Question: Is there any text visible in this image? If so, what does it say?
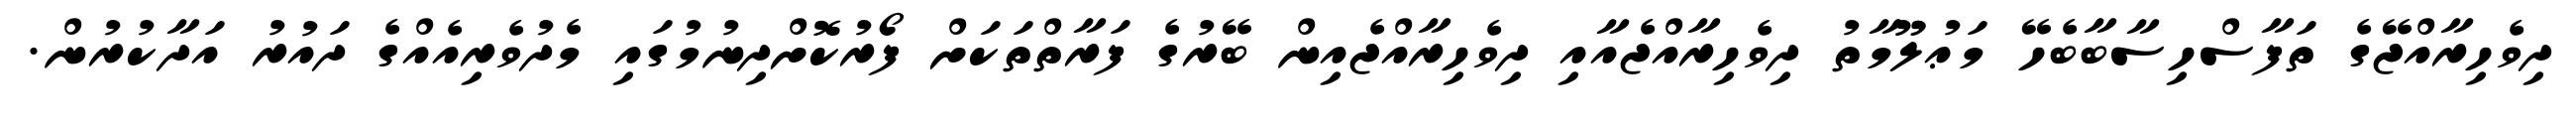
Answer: ދިވެހިރާއްޖޭގެ ތަފާސްހިސާބާބެހޭ މަޢުލޫމާތު ދިވެހިރާއްޖެއާއި ދިވެހިރާއްޖެއިން ބޭރުގެ ފަރާތްތަކަށް ފޯރުކޮށްދިނުމުގައި މެދުވެރިއެއްގެ ދައުރު އަދާކުރުން.